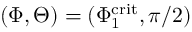
( \Phi , \Theta ) = ( \Phi _ { 1 } ^ { \mathrm { c r i t } } , \pi / 2 )